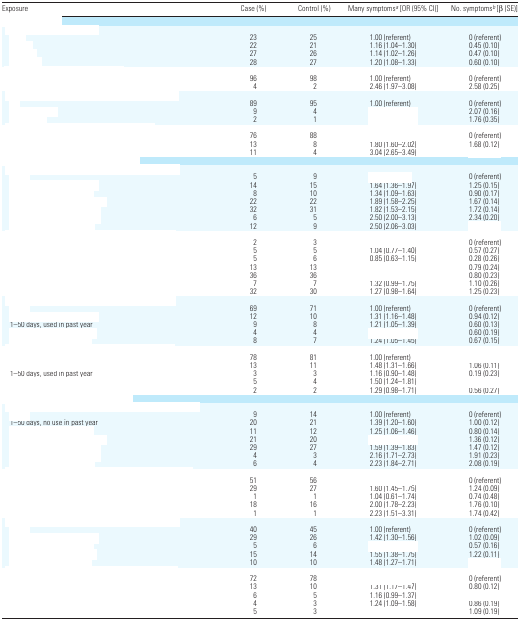
<table><thead><tr><td><b>Exposure</b></td><td><b>Case (%)</b></td><td><b>Control (%)</b></td><td><b>Many symptoms<i><sup>a</sup></i> [OR (95% CI)]</b></td><td><b>No. symptoms<i><sup>b</sup></i> [β(SE)]</b></td></tr></thead><tbody><tr><td colspan="5">[EMPTY_CELL]</td></tr><tr><td colspan="5">[EMPTY_CELL]</td></tr><tr><td>[EMPTY_CELL]</td><td>23</td><td>25</td><td>1.00 (referent)</td><td>0 (referent)</td></tr><tr><td>[EMPTY_CELL]</td><td>22</td><td>21</td><td>1.16 (1.04–1.30)</td><td>0.45 (0.10)</td></tr><tr><td>[EMPTY_CELL]</td><td>27</td><td>26</td><td>1.14 (1.02–1.26)</td><td>0.47 (0.10)</td></tr><tr><td>[EMPTY_CELL]</td><td>28</td><td>27</td><td>1.20 (1.08–1.33)</td><td>0.60 (0.10)</td></tr><tr><td colspan="5">[EMPTY_CELL]</td></tr><tr><td>[EMPTY_CELL]</td><td>96</td><td>98</td><td>1.00 (referent)</td><td>0 (referent)</td></tr><tr><td>[EMPTY_CELL]</td><td>4</td><td>2</td><td>2.46 (1.97–3.08)</td><td>2.58 (0.25)</td></tr><tr><td colspan="5">[EMPTY_CELL]</td></tr><tr><td>[EMPTY_CELL]</td><td>89</td><td>95</td><td>1.00 (referent)</td><td>0 (referent)</td></tr><tr><td>[EMPTY_CELL]</td><td>9</td><td>4</td><td>[EMPTY_CELL]</td><td>2.07 (0.16)</td></tr><tr><td>[EMPTY_CELL]</td><td>2</td><td>1</td><td>[EMPTY_CELL]</td><td>1.76 (0.35)</td></tr><tr><td colspan="5">[EMPTY_CELL]</td></tr><tr><td>[EMPTY_CELL]</td><td>76</td><td>88</td><td>[EMPTY_CELL]</td><td>0 (referent)</td></tr><tr><td>[EMPTY_CELL]</td><td>13</td><td>8</td><td>1.80 (1.60–2.02)</td><td>1.68 (0.12)</td></tr><tr><td>[EMPTY_CELL]</td><td>11</td><td>4</td><td>3.04 (2.65–3.49)</td><td>[EMPTY_CELL]</td></tr><tr><td colspan="5">[EMPTY_CELL]</td></tr><tr><td colspan="5">[EMPTY_CELL]</td></tr><tr><td>[EMPTY_CELL]</td><td>5</td><td>9</td><td>[EMPTY_CELL]</td><td>0 (referent)</td></tr><tr><td>[EMPTY_CELL]</td><td>14</td><td>15</td><td>1.64 (1.36–1.97)</td><td>1.25 (0.15)</td></tr><tr><td>[EMPTY_CELL]</td><td>8</td><td>10</td><td>1.34 (1.09–1.63)</td><td>0.90 (0.17)</td></tr><tr><td>[EMPTY_CELL]</td><td>22</td><td>22</td><td>1.89 (1.58–2.25)</td><td>1.67 (0.14)</td></tr><tr><td>[EMPTY_CELL]</td><td>32</td><td>31</td><td>1.82 (1.53–2.15)</td><td>1.72 (0.14)</td></tr><tr><td>[EMPTY_CELL]</td><td>6</td><td>5</td><td>2.50 (2.00–3.13)</td><td>2.34 (0.20)</td></tr><tr><td>[EMPTY_CELL]</td><td>12</td><td>9</td><td>2.50 (2.06–3.03)</td><td>[EMPTY_CELL]</td></tr><tr><td colspan="5">[EMPTY_CELL]</td></tr><tr><td>[EMPTY_CELL]</td><td>2</td><td>3</td><td>[EMPTY_CELL]</td><td>0 (referent)</td></tr><tr><td>[EMPTY_CELL]</td><td>5</td><td>5</td><td>1.04 (0.77–1.40)</td><td>0.57 (0.27)</td></tr><tr><td>[EMPTY_CELL]</td><td>5</td><td>6</td><td>0.85 (0.63–1.15)</td><td>0.28 (0.26)</td></tr><tr><td>[EMPTY_CELL]</td><td>13</td><td>13</td><td>[EMPTY_CELL]</td><td>0.79 (0.24)</td></tr><tr><td>[EMPTY_CELL]</td><td>36</td><td>36</td><td>[EMPTY_CELL]</td><td>0.80 (0.23)</td></tr><tr><td>[EMPTY_CELL]</td><td>7</td><td>7</td><td>1.32 (0.99–1.75)</td><td>1.10 (0.26)</td></tr><tr><td>[EMPTY_CELL]</td><td>32</td><td>30</td><td>1.27 (0.98–1.64)</td><td>1.25 (0.23)</td></tr><tr><td colspan="5">[EMPTY_CELL]</td></tr><tr><td>[EMPTY_CELL]</td><td>69</td><td>71</td><td>1.00 (referent)</td><td>0 (referent)</td></tr><tr><td>[EMPTY_CELL]</td><td>12</td><td>10</td><td>1.31 (1.16–1.48)</td><td>0.94 (0.12)</td></tr><tr><td>1–50 days, used in past year</td><td>9</td><td>8</td><td>1.21 (1.05–1.39)</td><td>0.60 (0.13)</td></tr><tr><td>[EMPTY_CELL]</td><td>4</td><td>4</td><td>[EMPTY_CELL]</td><td>0.60 (0.19)</td></tr><tr><td>[EMPTY_CELL]</td><td>8</td><td>7</td><td>1.24 (1.05–1.45)</td><td>0.67 (0.15)</td></tr><tr><td colspan="5">[EMPTY_CELL]</td></tr><tr><td>[EMPTY_CELL]</td><td>78</td><td>81</td><td>1.00 (referent)</td><td>[EMPTY_CELL]</td></tr><tr><td>[EMPTY_CELL]</td><td>13</td><td>11</td><td>1.48 (1.31–1.66)</td><td>1.06 (0.11)</td></tr><tr><td>1–50 days, used in past year</td><td>3</td><td>3</td><td>1.16 (0.90–1.48)</td><td>0.19 (0.23)</td></tr><tr><td>[EMPTY_CELL]</td><td>5</td><td>4</td><td>1.50 (1.24–1.81)</td><td>[EMPTY_CELL]</td></tr><tr><td>[EMPTY_CELL]</td><td>2</td><td>2</td><td>1.29 (0.98–1.71)</td><td>0.56 (0.27)</td></tr><tr><td colspan="5">[EMPTY_CELL]</td></tr><tr><td colspan="5">[EMPTY_CELL]</td></tr><tr><td>[EMPTY_CELL]</td><td>9</td><td>14</td><td>1.00 (referent)</td><td>0 (referent)</td></tr><tr><td>1–50 days, no use in past year</td><td>20</td><td>21</td><td>1.39 (1.20–1.60)</td><td>1.00 (0.12)</td></tr><tr><td>[EMPTY_CELL]</td><td>11</td><td>12</td><td>1.25 (1.06–1.46)</td><td>0.80 (0.14)</td></tr><tr><td>[EMPTY_CELL]</td><td>21</td><td>20</td><td>[EMPTY_CELL]</td><td>1.36 (0.12)</td></tr><tr><td>[EMPTY_CELL]</td><td>29</td><td>27</td><td>1.59 (1.39–1.83)</td><td>1.47 (0.12)</td></tr><tr><td>[EMPTY_CELL]</td><td>4</td><td>3</td><td>2.16 (1.71–2.73)</td><td>1.91 (0.23)</td></tr><tr><td>[EMPTY_CELL]</td><td>6</td><td>4</td><td>2.23 (1.84–2.71)</td><td>2.08 (0.19)</td></tr><tr><td colspan="5">[EMPTY_CELL]</td></tr><tr><td>[EMPTY_CELL]</td><td>51</td><td>56</td><td>[EMPTY_CELL]</td><td>0 (referent)</td></tr><tr><td>[EMPTY_CELL]</td><td>29</td><td>27</td><td>1.60 (1.45–1.75)</td><td>1.24 (0.09)</td></tr><tr><td>[EMPTY_CELL]</td><td>1</td><td>1</td><td>1.04 (0.61–1.74)</td><td>0.74 (0.48)</td></tr><tr><td>[EMPTY_CELL]</td><td>18</td><td>16</td><td>2.00 (1.78–2.23)</td><td>1.76 (0.10)</td></tr><tr><td>[EMPTY_CELL]</td><td>1</td><td>1</td><td>2.23 (1.51–3.31)</td><td>1.74 (0.42)</td></tr><tr><td colspan="5">[EMPTY_CELL]</td></tr><tr><td>[EMPTY_CELL]</td><td>40</td><td>45</td><td>1.00 (referent)</td><td>0 (referent)</td></tr><tr><td>[EMPTY_CELL]</td><td>29</td><td>26</td><td>1.42 (1.30–1.56)</td><td>1.02 (0.09)</td></tr><tr><td>[EMPTY_CELL]</td><td>5</td><td>6</td><td>[EMPTY_CELL]</td><td>0.57 (0.16)</td></tr><tr><td>[EMPTY_CELL]</td><td>15</td><td>14</td><td>1.55 (1.38–1.75)</td><td>1.22 (0.11)</td></tr><tr><td>[EMPTY_CELL]</td><td>10</td><td>10</td><td>1.48 (1.27–1.71)</td><td>[EMPTY_CELL]</td></tr><tr><td colspan="5">[EMPTY_CELL]</td></tr><tr><td>[EMPTY_CELL]</td><td>72</td><td>78</td><td>[EMPTY_CELL]</td><td>0 (referent)</td></tr><tr><td>[EMPTY_CELL]</td><td>13</td><td>10</td><td>1.31 (1.17–1.47)</td><td>0.80 (0.12)</td></tr><tr><td>[EMPTY_CELL]</td><td>6</td><td>5</td><td>1.16 (0.99–1.37)</td><td>[EMPTY_CELL]</td></tr><tr><td>[EMPTY_CELL]</td><td>4</td><td>3</td><td>1.24 (1.09–1.58)</td><td>0.86 (0.19)</td></tr><tr><td>[EMPTY_CELL]</td><td>5</td><td>3</td><td>[EMPTY_CELL]</td><td>1.09 (0.19)</td></tr></tbody></table>